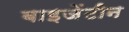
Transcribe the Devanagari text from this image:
बाइजेंटीन